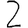
Digit: 2